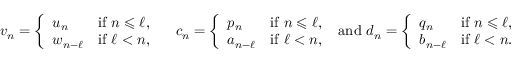
v _ { n } = \left\{ \begin{array} { l l } { u _ { n } } & { \mathrm { i f ~ } n \leqslant \ell , } \\ { w _ { n - \ell } } & { \mathrm { i f ~ } \ell < n , } \end{array} \right. \quad c _ { n } = \left\{ \begin{array} { l l } { p _ { n } } & { \mathrm { i f ~ } n \leqslant \ell , } \\ { a _ { n - \ell } } & { \mathrm { i f ~ } \ell < n , } \end{array} \right. \mathrm { ~ a n d ~ } d _ { n } = \left\{ \begin{array} { l l } { q _ { n } } & { \mathrm { i f ~ } n \leqslant \ell , } \\ { b _ { n - \ell } } & { \mathrm { i f ~ } \ell < n . } \end{array} \right.